Indian Civil Veterinary Department memoirs
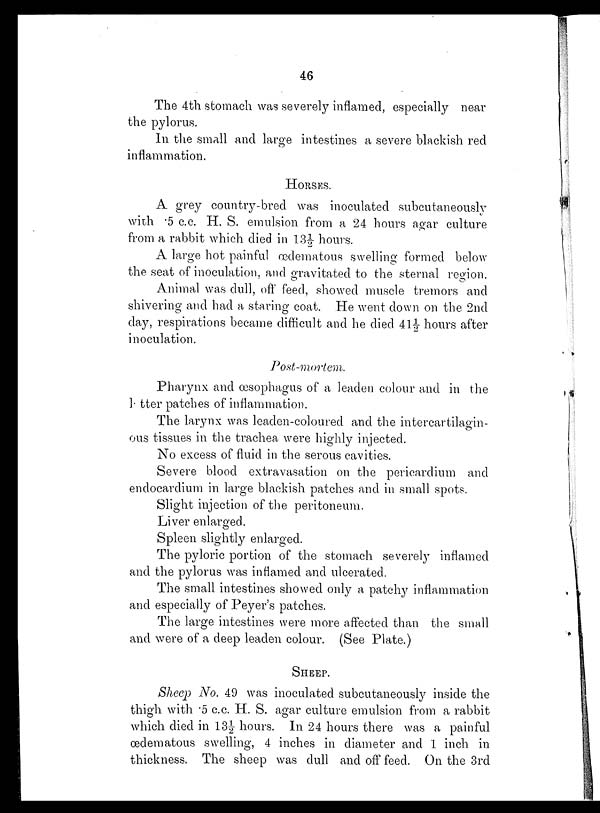
46
The 4th stomach was severely inflamed, especially near
the pylorus.
In the small and large intestines a severe blackish red
inflammation.
HORSES.
A grey country-bred was inoculated subcutaneously
with .5 c.c. H. S. emulsion from a 24 hours agar culture
from a rabbit which died in 13½ hours.
A large hot painful œdematous swelling formed below
the seat of inoculation, and gravitated to the sternal region.
Animal was dull, off feed, showed muscle tremors and
shivering and had a staring coat. He went down on the 2nd
day, respirations became difficult and he died 41½ hours after
inoculation.
Post-mortem.
Pharynx and œsophagus of a leaden colour and in the
letter patches of inflammation.
The larynx was leaden-coloured and the intercartilagin-
ous tissues in the trachea were highly injected.
No excess of fluid in the serous cavities.
Severe blood extravasation on the pericardium and
endocardium in large blackish patches and in small spots.
Slight injection of the peritoneum.
Liver enlarged.
Spleen slightly enlarged.
The pyloric portion of the stomach severely inflamed
and the pylorus was inflamed and ulcerated.
The small intestines showed only a patchy inflammation
and especially of Peyer's patches.
The large intestines were more affected than the small
and were of a deep leaden colour. (See Plate.)
SHEEP.
Sheep No. 49 was inoculated subcutaneously inside the
thigh with .5 c.c. H. S. agar culture emulsion from a rabbit
which died in 13½ hours. In 24 hours there was a painful
œdematous swelling, 4 inches in diameter and 1 inch in
thickness. The sheep was dull and off feed. On the 3rd